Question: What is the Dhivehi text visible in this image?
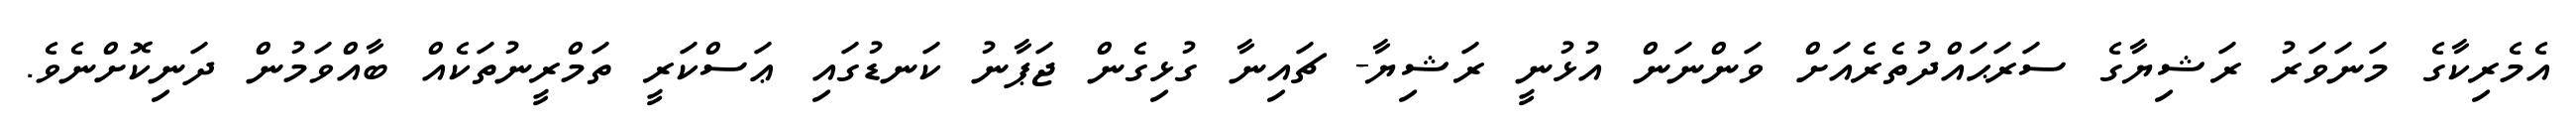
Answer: އެމެރިކާގެ މަނަވަރު ރަޝިޔާގެ ސަރަޙައްދުތެރެއަށް ވަންނަން އުޅުނީ ރަޝިޔާ- ޗައިނާ ގުޅިގެން ޖަޕާނު ކަނޑުގައި ޢަސްކަރީ ތަމްރީނުތަކެއް ބާއްވަމުން ދަނިކޮށްނެވެ.